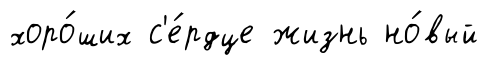
хоро́ших с'е́рдце жизнь но́вый